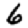
Digit: 6